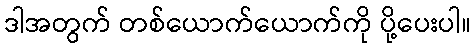
ဒါအတွက် တစ်ယောက်ယောက်ကို ပို့ပေးပါ။